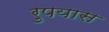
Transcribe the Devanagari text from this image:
रुपयास